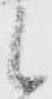
候